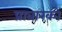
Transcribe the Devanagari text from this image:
प्रावारकों